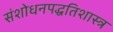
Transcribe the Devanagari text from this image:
संशोधनपद्धतिशास्त्र